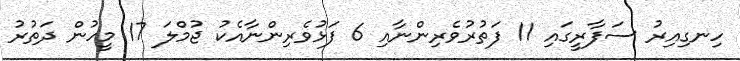
ހިނގިއިރު ސަފާރީގައި 11 ފަތުރުވެރިންނާއި 6 ފަޅުވެރިންނާއެކު ޖުމްލަ 17 މީހުން ދަތުރު